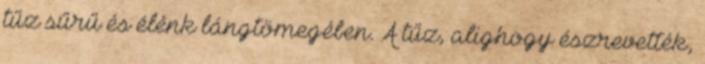
tűz sűrű és élénk lángtömegében. A tűz, alighogy észrevették,